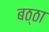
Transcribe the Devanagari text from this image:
बठ्ठा